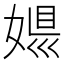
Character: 𡟠